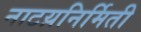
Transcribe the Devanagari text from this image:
नाटय़निर्मिती